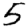
Digit: 5